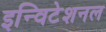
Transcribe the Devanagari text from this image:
इन्विटेशनल